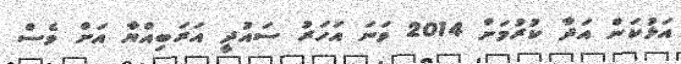
އަޅުކަން އަދާ ކުރުމަށް 2014 ވަނަ އަހަރު ސައުދީ އަރަބިއްޔާ އަށް ވެސް